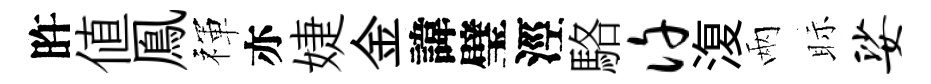
旿値鳯禈亦婕金諱璧涇駱许𣸪兩眎娑